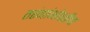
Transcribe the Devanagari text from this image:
तरंगांभोवतीचा